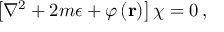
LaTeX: \left[ \nabla ^ { 2 } + 2 m \epsilon + \varphi \left( { \bf r } \right) \right] \chi = 0 \, ,